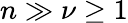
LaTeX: n\gg\nu\geq 1